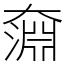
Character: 奫